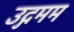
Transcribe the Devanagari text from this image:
उद्गमम